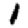
Digit: 1